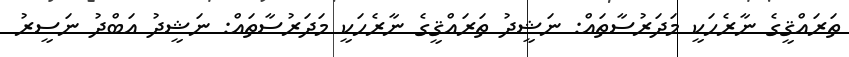
ތަރައްޤީގެ ނާރެހަކީ މަދަރުސާތައް: ނަޝީދު ތަރައްޤީގެ ނާރެހަކީ މަދަރުސާތައް: ނަޝީދު އަބްދު ނަސީރު